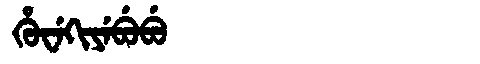
Manchu: ᡥᡠᠸᡝᡴᡳᠶᡝᠪᡠᠪᡠ
Romanization: HUWEKIYEBUBU